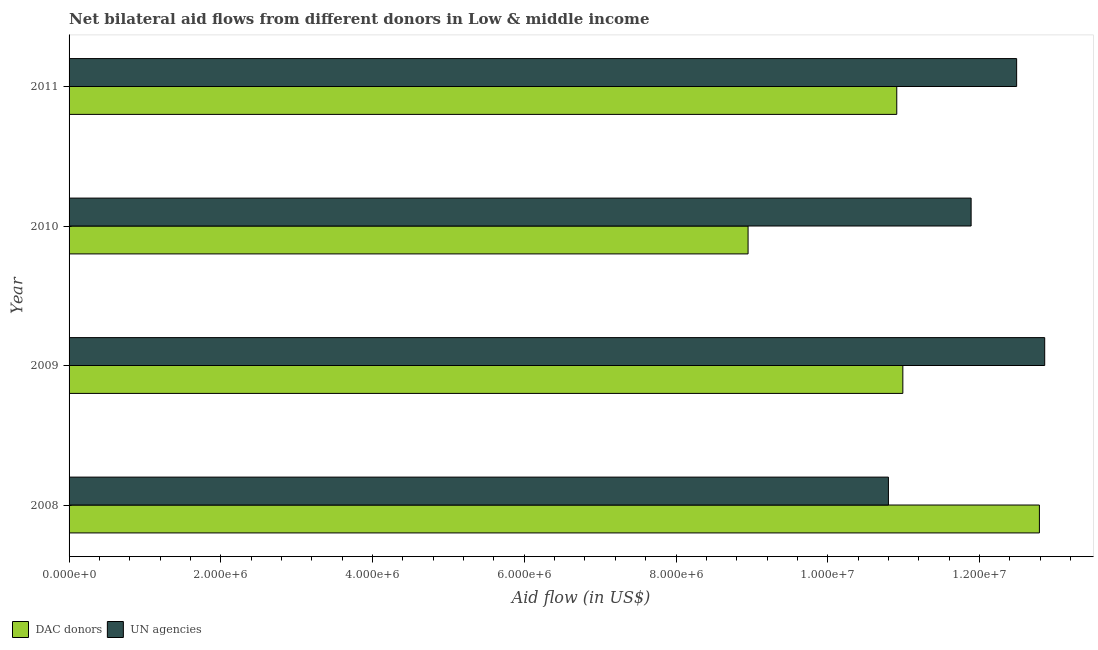
| Year | DAC donors | UN agencies |
 | --- | --- | --- |
 | 2008 | 1.28e+07 | 1.08e+07 |
 | 2009 | 1.1e+07 | 1.29e+07 |
 | 2010 | 8.95e+06 | 1.19e+07 |
 | 2011 | 1.09e+07 | 1.25e+07 |